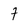
Character: 7